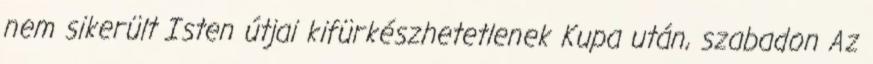
nem sikerült Isten útjai kifürkészhetetlenek Kupa után, szabadon Az